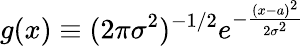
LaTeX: g(x)\equiv(2\pi\sigma^{2})^{-1/2}e^{-\frac{(x-a)^{2}}{2\sigma^{2}}}